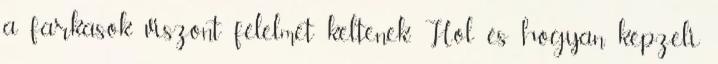
a farkasok viszont félelmet keltenek. Hol és hogyan képzeli